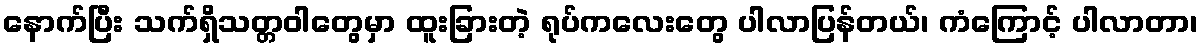
နောက်ပြီး သက်ရှိသတ္တဝါတွေမှာ ထူးခြားတဲ့ ရုပ်ကလေးတွေ ပါလာပြန်တယ်၊ ကံကြောင့် ပါလာတာ၊